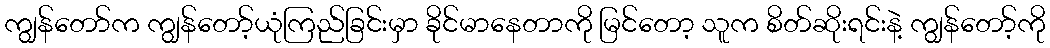
ကျွန်တော်က ကျွန်တော့်ယုံကြည်ခြင်းမှာ ခိုင်မာနေတာကို မြင်တော့ သူက စိတ်ဆိုးရင်းနဲ့ ကျွန်တော့်ကို